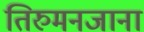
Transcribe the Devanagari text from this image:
तिरुमनजाना